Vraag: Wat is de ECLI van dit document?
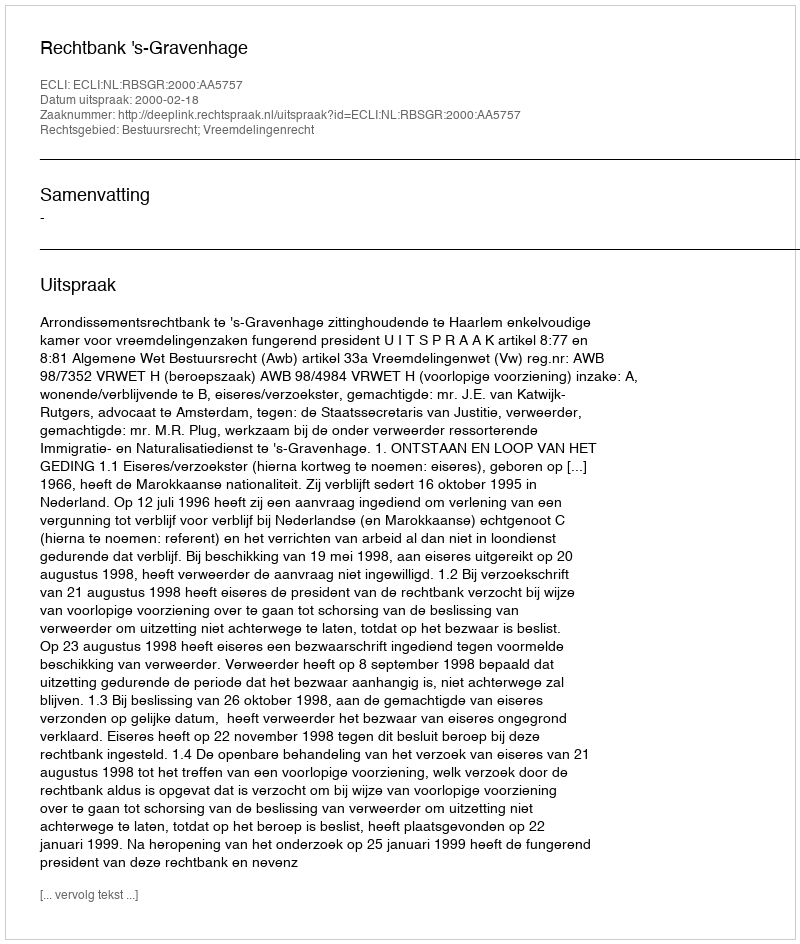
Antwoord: ECLI:NL:RBSGR:2000:AA5757